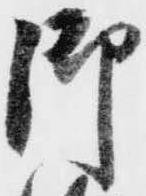
御